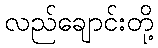
လည်ချောင်းတို့